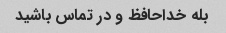
بله خداحافظ و در تماس باشید